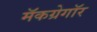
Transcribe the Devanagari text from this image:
मॅकग्रेगॉर